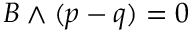
B \wedge ( p - q ) = 0